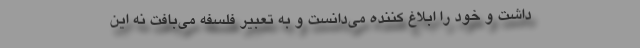
داشت و خود را ابلاغ کننده می‌دانست و به تعبیر فلسفه می‌بافت نه این